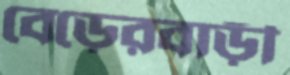
বেড়েরবাড়ী